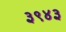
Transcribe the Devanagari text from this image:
३९४३